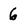
Character: 6